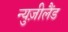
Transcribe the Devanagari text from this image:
न्युज़ीलैंड